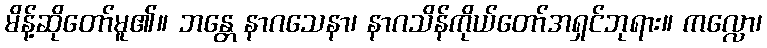
မိန့်ဆိုတော်မူ၏။ ဘန္တေ နာဂသေနာ၊ နာဂသိန်ကိုယ်တော်အရှင်ဘုရား။ ကလ္လော၊